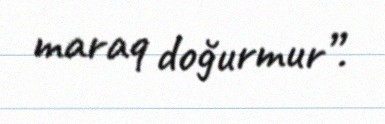
maraq doğurmur”.